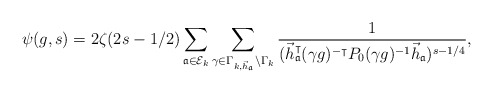
\begin{align*}\psi(g,s)=2\zeta(2s-1/2) \sum_{\mathfrak{a}\in \mathcal{E}_k} \sum_{\gamma\in \Gamma_{k,\vec{h}_\mathfrak{a}} \backslash \Gamma_k } \frac{1}{(\vec{h}_{\mathfrak{a}}^{\intercal}(\gamma g)^{-\intercal}P_0(\gamma g)^{-1}\vec{h}_{\mathfrak{a}})^{s-1/4}},\end{align*}